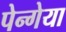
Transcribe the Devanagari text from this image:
पेन्गेया